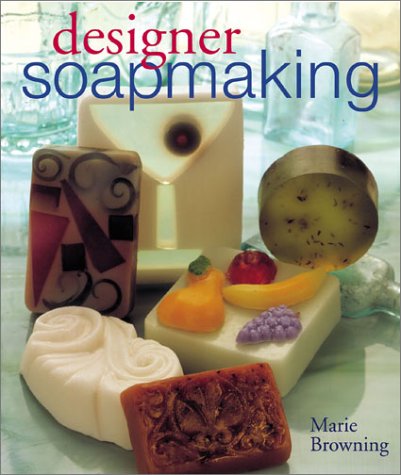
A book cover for Designer Soapmaking; Marie Browning; Crafts, Hobbies & Home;